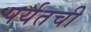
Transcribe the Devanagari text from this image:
पर्यतची